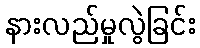
နားလည်မှုလွဲခြင်း